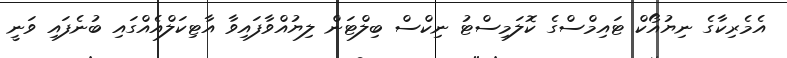
އެމެރިކާގެ ނިޔުއޯކް ޓައިމްސްގެ ކޮލަމިސްޓު ނިކްސް ބިލްޓަން ލިޔުއްވާފައިވާ އާޓިކަލްއެއްގައި ބުނެފައި ވަނީ